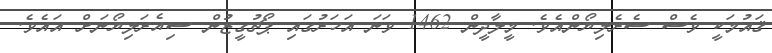
ޤައުމަކީ ވެސް ސެރެލިޔޯންއެވެ. މީލާދީން 1462 ވަނަ އަހަރުގައި ޕޯޗުގީޒުން ސިއެރަލިޔޯނަށް އައެވެ.